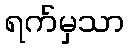
ရက်မှသာ